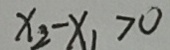
x _ { 2 } - x _ { 1 } > 0